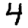
Digit: 4